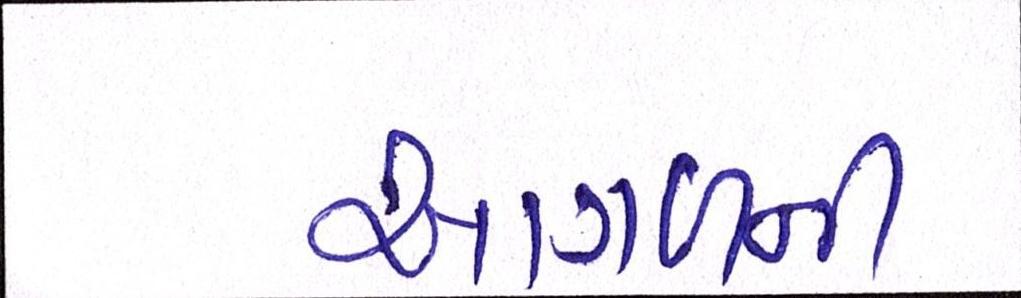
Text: આગળની